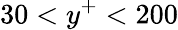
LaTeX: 30<y^{+}<200